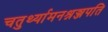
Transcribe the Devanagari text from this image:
चतुर्थ्यामनश्नञ्जपति